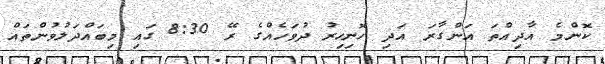
ކޮންމެ އާދިއްތަ އަންގާރަ އަދި ހޮނިހިރު ދުވަހެއްގެ ރޭ 8:30 ގައި މިބައްދަލުވުންތައް